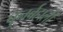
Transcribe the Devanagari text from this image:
पुनर्बहाली